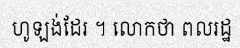
ហូឡង់ដែរ ។ លោកថា ពលរដ្ឋ